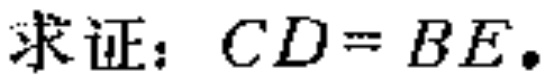
求证：\(CD = BE.\)